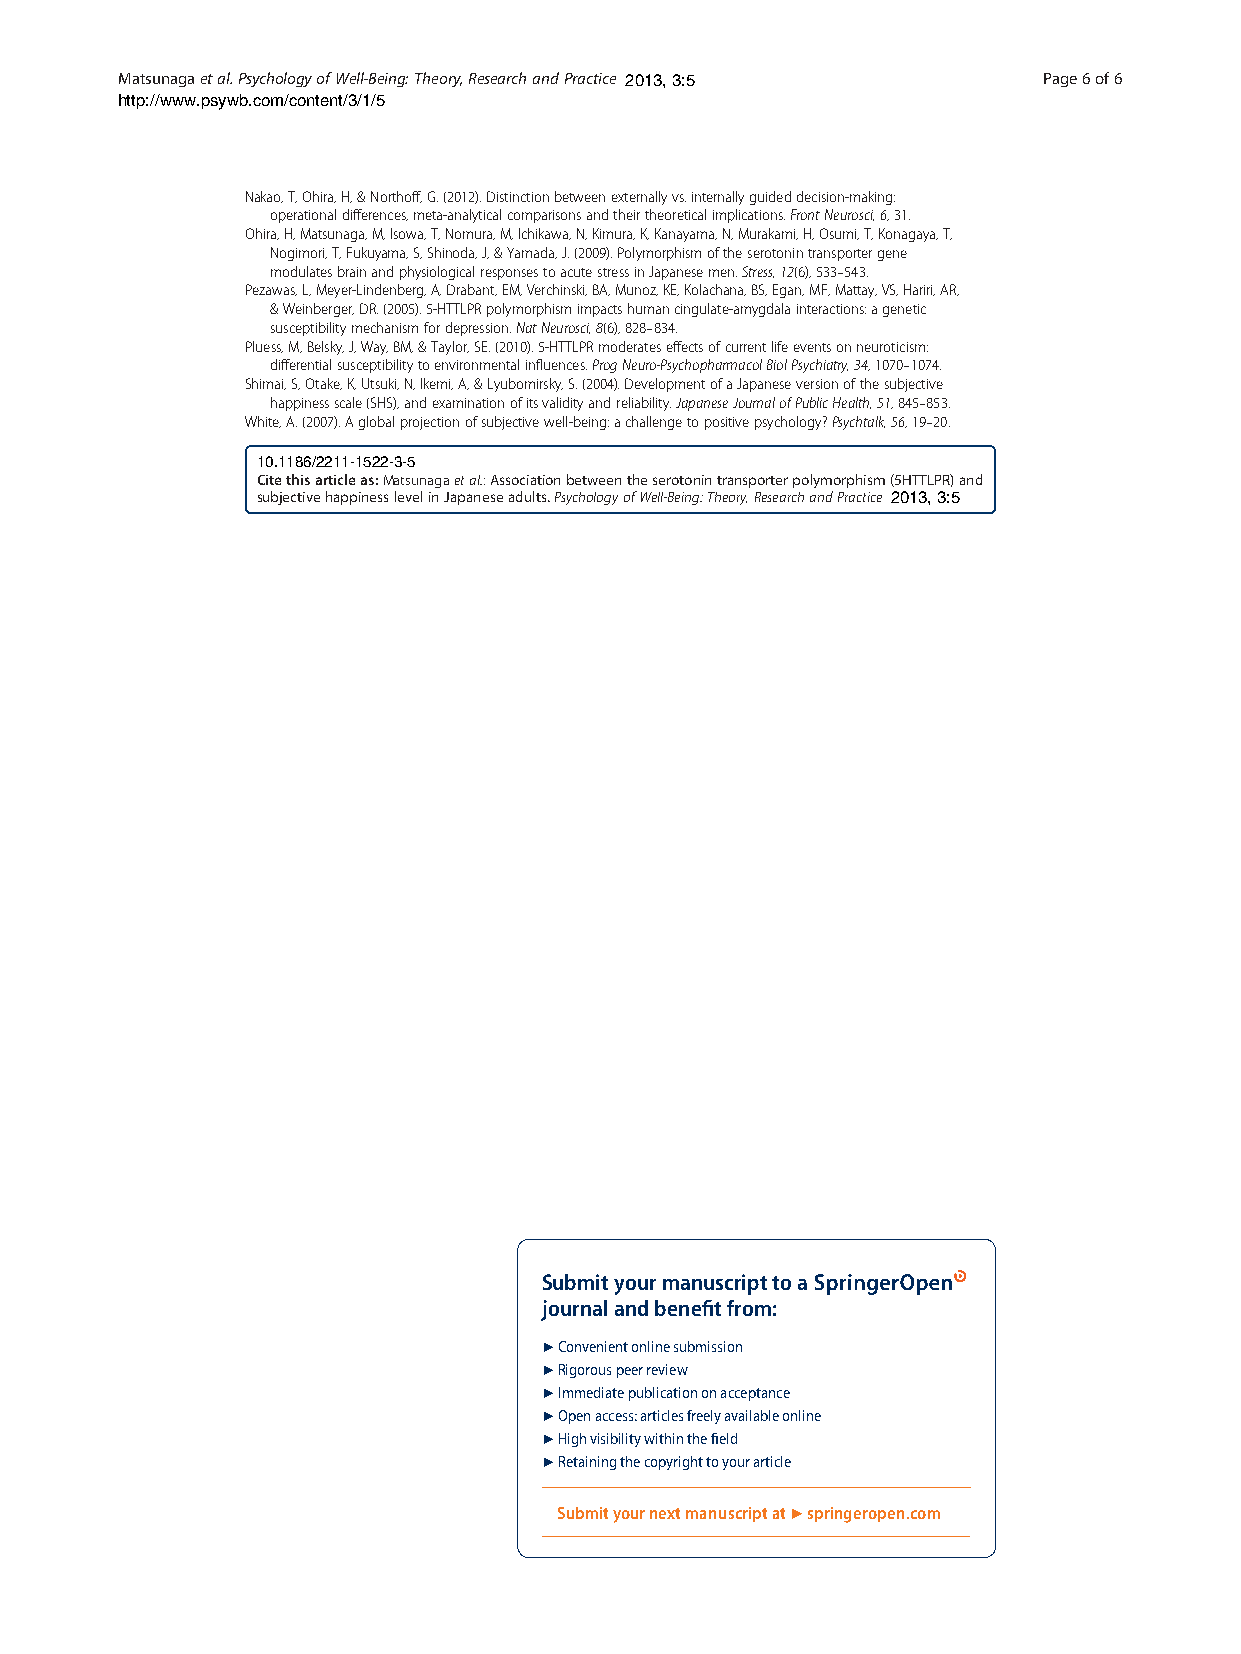
Matsunagaetal.PsychologyofWell-Being:Theory,ResearchandPractice 2013, 3:5 Page6of6
 http://www.psywb.com/content/3/1/5
 Nakao,T,Ohira,H,&Northoff,G.(2012).Distinctionbetweenexternallyvs.internallyguideddecision-making:
 operationaldifferences,meta-analyticalcomparisonsandtheirtheoreticalimplications.FrontNeurosci,6,31.
 Ohira,H,Matsunaga,M,Isowa,T,Nomura,M,Ichikawa,N,Kimura,K,Kanayama,N,Murakami,H,Osumi,T,Konagaya,T,
 Nogimori,T,Fukuyama,S,Shinoda,J,&Yamada,J.(2009).Polymorphismoftheserotonintransportergene
 modulatesbrainandphysiologicalresponsestoacutestressinJapanesemen.Stress,12(6),533–543.
 Pezawas,L,Meyer-Lindenberg,A,Drabant,EM,Verchinski,BA,Munoz,KE,Kolachana,BS,Egan,MF,Mattay,VS,Hariri,AR,
 &Weinberger,DR.(2005).5-HTTLPRpolymorphismimpactshumancingulate-amygdalainteractions:agenetic
 susceptibilitymechanismfordepression.NatNeurosci,8(6),828–834.
 Pluess,M,Belsky,J,Way,BM,&Taylor,SE.(2010).5-HTTLPRmoderateseffectsofcurrentlifeeventsonneuroticism:
 differentialsusceptibilitytoenvironmentalinfluences.ProgNeuro-PsychopharmacolBiolPsychiatry,34,1070–1074.
 Shimai,S,Otake,K,Utsuki,N,Ikemi,A,&Lyubomirsky,S.(2004).DevelopmentofaJapaneseversionofthesubjective
 happinessscale(SHS),andexaminationofitsvalidityandreliability.JapaneseJournalofPublicHealth,51,845–853.
 White,A.(2007).Aglobalprojectionofsubjectivewell-being:achallengetopositivepsychology?Psychtalk,56,19–20.
 10.1186/2211-1522-3-5
 Citethisarticleas:Matsunagaetal.:Associationbetweentheserotonintransporterpolymorphism(5HTTLPR)and
 subjectivehappinesslevelinJapaneseadults.PsychologyofWell-Being:Theory,ResearchandPractice 2013, 3:5
 Submit your manuscript to a
 journal and benefi t from:
 7 Convenient online submission
 7 Rigorous peer review
 7 Immediate publication on acceptance
 7 Open access: articles freely available online
 7 High visibility within the fi eld
 7 Retaining the copyright to your article
 Submit your next manuscript at 7 springeropen.com